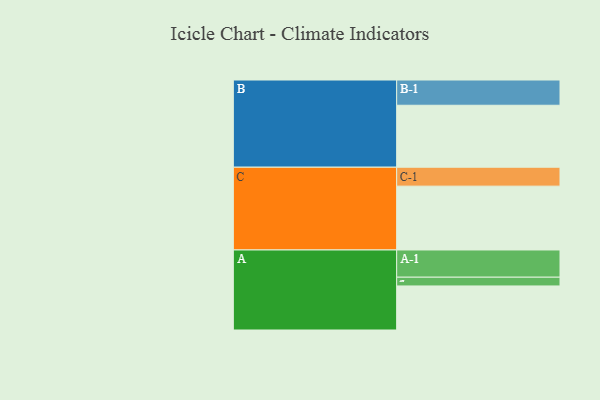
{"axis": {"x": "Segment", "y": "Value"}, "legend": ["", "A", "B", "C"], "data": [{"x": "A", "y": 403, "type": ""}, {"x": "B", "y": 567, "type": ""}, {"x": "C", "y": 584, "type": ""}, {"x": "A-1", "y": 249, "type": "A"}, {"x": "A-2", "y": 80, "type": "A"}, {"x": "B-1", "y": 231, "type": "B"}, {"x": "C-1", "y": 173, "type": "C"}]}